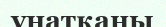
ұнатқаны